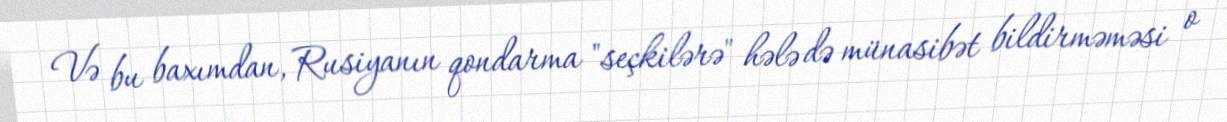
Və bu baxımdan, Rusiyanın qondarma "seçkilərə" hələ də münasibət bildirməməsi o